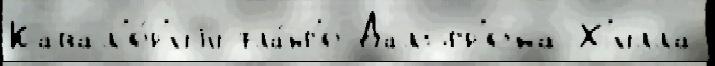
Кавал'е́р'иjи фла́нг'е Дальгр'ена Х'илла